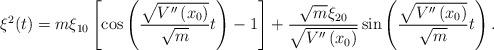
LaTeX: \begin{align*}\xi ^{2}(t)=m\xi _{10}\left[ \cos \left( \frac{\sqrt{V^{\prime \prime}\left( x_{0}\right) }}{\sqrt{m}}t\right) -1\right] +\frac{\sqrt{m}\xi _{20}}{\sqrt{V^{\prime \prime }\left( x_{0}\right) }}\sin \left( \frac{\sqrt{V^{\prime \prime }\left( x_{0}\right) }}{\sqrt{m}}t\right) .\end{align*}